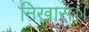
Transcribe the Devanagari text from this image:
निखारा।।